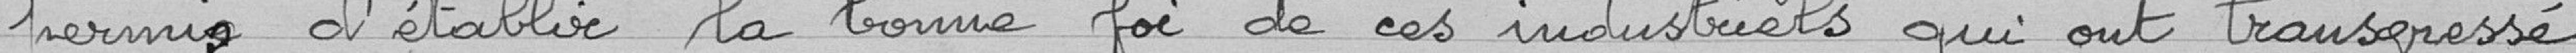
permis d'établir de la bonne foi de ces industriels qui ont transgressé